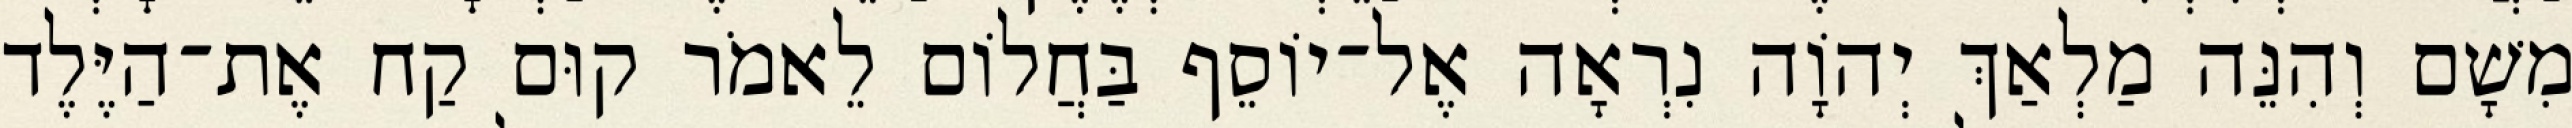
מִשָׁם וְהִנֵּה מַלְאַךְ יְהוָֹה נִרְאָה אֶל־יוֹסֵף בַּחֲלוֹם לֵאמֹר קוּם קַח אֶת־הַיֶּלֶד